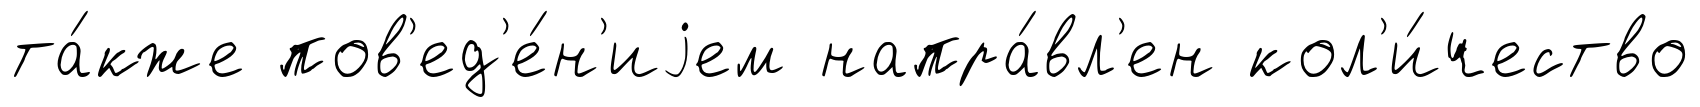
та́кже пов'ед'е́н'иjем напра́вл'ен кол'и́чество